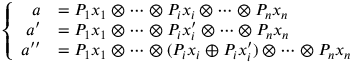
\left\{ \begin{array} { r l } { a } & { = P _ { 1 } x _ { 1 } \otimes \cdots \otimes P _ { i } x _ { i } \otimes \cdots \otimes P _ { n } x _ { n } } \\ { a ^ { \prime } } & { = P _ { 1 } x _ { 1 } \otimes \cdots \otimes P _ { i } x _ { i } ^ { \prime } \otimes \cdots \otimes P _ { n } x _ { n } } \\ { a ^ { \prime \prime } } & { = P _ { 1 } x _ { 1 } \otimes \cdots \otimes ( P _ { i } x _ { i } \oplus P _ { i } x _ { i } ^ { \prime } ) \otimes \cdots \otimes P _ { n } x _ { n } } \end{array} \right.